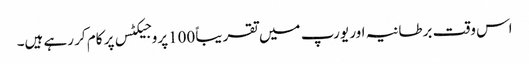
اس وقت برطانیہ اور یورپ میں تقریباً 100پروجیکٹس پر کام کر رہے ہیں۔